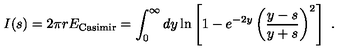
I ( s ) = 2 \pi r E _ { \mathrm { C a s i m i r } } = \int _ { 0 } ^ { \infty } d y \ln \left[ 1 - e ^ { - 2 y } \left( { \frac { y - s } { y + s } } \right) ^ { 2 } \right] \ .